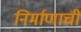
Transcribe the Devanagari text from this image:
निर्माणाची